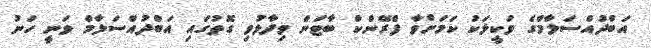
އަބްދުއްސަލާމްގެ ވަކީލަކު ކަމަށްވާ ފްރޭންކް ބާޓަން ވިދާޅުވި ގޮތުގައި އަބްދުއްސަލާމް ވަނީ ހަނު